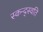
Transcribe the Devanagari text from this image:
स्कन्द्स्वति